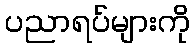
ပညာရပ်များကို